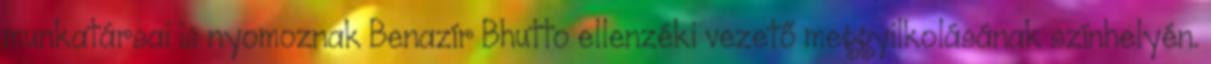
munkatársai is nyomoznak Benazír Bhutto ellenzéki vezető meggyilkolásának színhelyén.